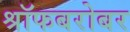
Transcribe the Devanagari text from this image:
श्रॉफबरोबर